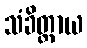
သံခိတ္တာယ